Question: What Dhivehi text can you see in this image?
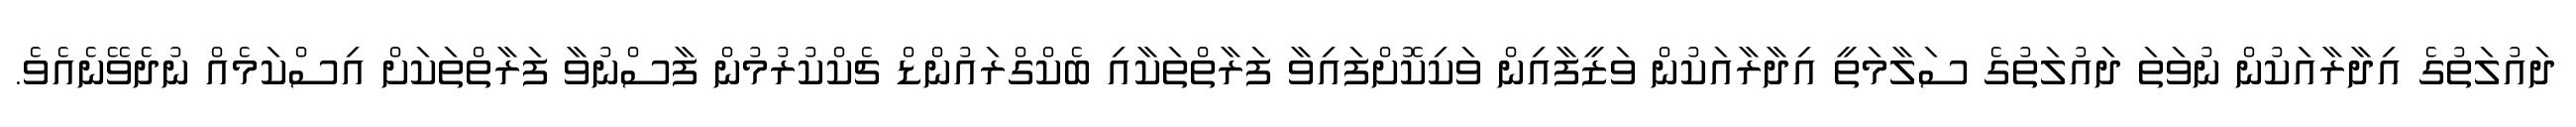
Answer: ދައުލަތުގެ އިދާރާއަކުން ނުވަތަ ދައުލަތުގެ ސަލާމަތީ އިދާރާއަކުން ވަޒީފާއިން ވަކިކޮށްފައިވާ ފަރާތްތަކާއި ބެކްގްރައުންޑް ޗެކްކުރުމުން ފާސްނުވާ ފަރާތްތަކަށް އިސްކަމެއް ނުދެވޭނެއެވެ.